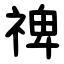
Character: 禆